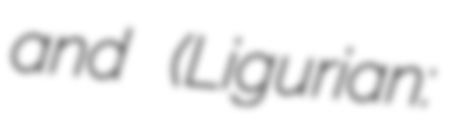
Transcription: and (Ligurian: